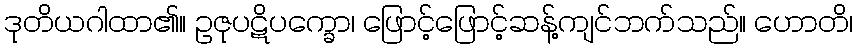
ဒုတိယဂါထာ၏။ ဥဇုပဋိပက္ခော၊ ဖြောင့်ဖြောင့်ဆန့်ကျင်ဘက်သည်။ ဟောတိ၊